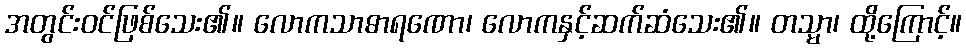
အတွင်းဝင်ဖြစ်သေး၏။ လောကသာဓာရဏော၊ လောကနှင့်ဆက်ဆံသေး၏။ တသ္မာ၊ ထို့ကြောင့်။